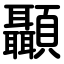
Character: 顳